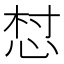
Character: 𢚳